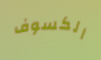
الكسوف